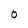
Character: O